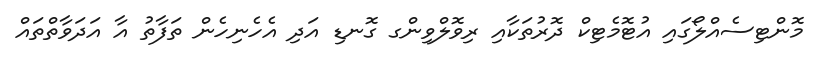
މޮންޓިސެއްލޯގައި އުޓޮމެޓިކް ދޮރުތަކާއި ރިވޮލްވިންގ ގޮނޑި އަދި އެހެނިހެން ތަފާތު އާ އަދަވާތްތައް